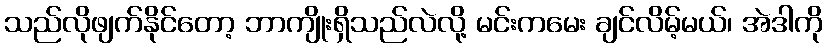
သည်လိုဖျက်နိုင်တော့ ဘာကျိုးရှိသည်လဲလို့ မင်းကမေး ချင်လိမ့်မယ်၊ အဲဒါကို